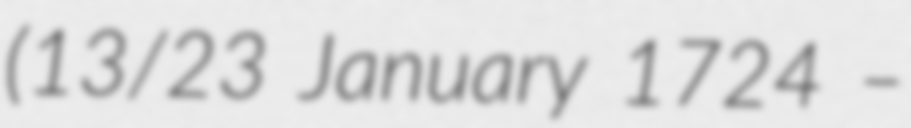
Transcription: (13/23 January 1724 –